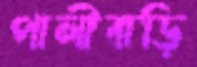
পালীবাড়ি